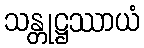
သန္တုဋ္ဌဿာယံ